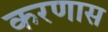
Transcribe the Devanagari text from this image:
करणास